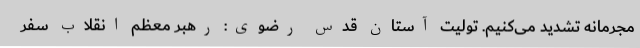
مجرمانه تشدید می‌کنیم. تولیت آستان قدس رضوی: رهبر معظم انقلاب سفر